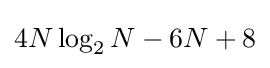
4N\log _{2}N-6N+8